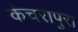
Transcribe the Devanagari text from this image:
कंचरापुरा